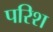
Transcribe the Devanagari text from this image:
परिश